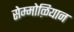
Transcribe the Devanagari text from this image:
सेम्मोऴियान